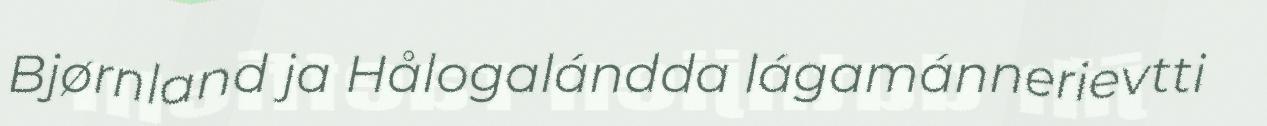
Bjørnland ja Hålogalándda lágamánnerievtti